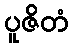
ပူဇိတံ